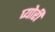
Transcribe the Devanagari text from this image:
प्योरी